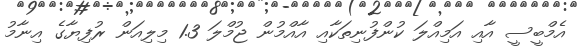
އެމްބީސީ އާއި އަމިއްލަ ކުންފުނިތަކާއި އާއްމުން ޖުމްލަ 1.3 މިލިއަން ރުފިޔާގެ އިނާމު